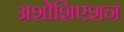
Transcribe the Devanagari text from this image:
अशोशिएशन